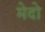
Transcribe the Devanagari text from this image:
मेदो